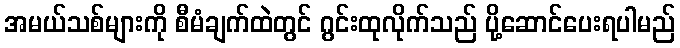
အမယ်သစ်များကို စီမံချက်ထဲတွင် ဂွင်းထုလိုက်သည် ပို့ဆောင်ပေးရပါမည်